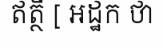
ឥត្ថី [ អដ្ឋក ថា